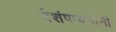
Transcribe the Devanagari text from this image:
वैशंपायनांनी